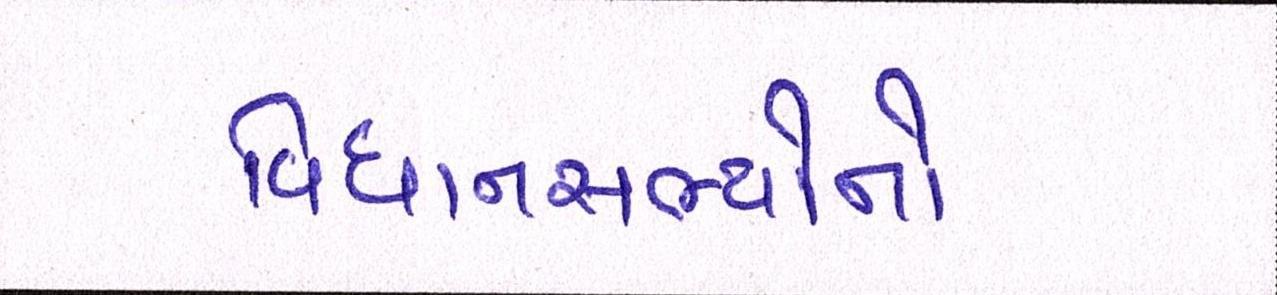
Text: વિધાનસભ્યોનો